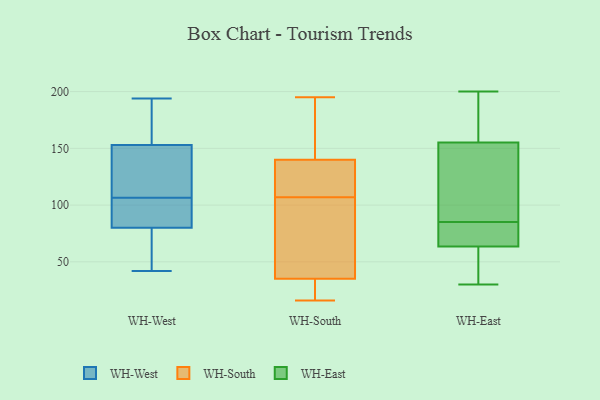
{"axis": {"x": "Temperature (°C)", "y": "Value"}, "legend": ["WH-East", "WH-South", "WH-West"], "data": [{"x": "", "y": 92, "type": "WH-West"}, {"x": "", "y": 91, "type": "WH-West"}, {"x": "", "y": 153, "type": "WH-West"}, {"x": "", "y": 80, "type": "WH-West"}, {"x": "", "y": 194, "type": "WH-West"}, {"x": "", "y": 42, "type": "WH-West"}, {"x": "", "y": 121, "type": "WH-West"}, {"x": "", "y": 148, "type": "WH-West"}, {"x": "", "y": 65, "type": "WH-West"}, {"x": "", "y": 173, "type": "WH-West"}, {"x": "", "y": 16, "type": "WH-South"}, {"x": "", "y": 114, "type": "WH-South"}, {"x": "", "y": 146, "type": "WH-South"}, {"x": "", "y": 29, "type": "WH-South"}, {"x": "", "y": 18, "type": "WH-South"}, {"x": "", "y": 122, "type": "WH-South"}, {"x": "", "y": 157, "type": "WH-South"}, {"x": "", "y": 53, "type": "WH-South"}, {"x": "", "y": 195, "type": "WH-South"}, {"x": "", "y": 82, "type": "WH-South"}, {"x": "", "y": 107, "type": "WH-South"}, {"x": "", "y": 172, "type": "WH-East"}, {"x": "", "y": 69, "type": "WH-East"}, {"x": "", "y": 85, "type": "WH-East"}, {"x": "", "y": 199, "type": "WH-East"}, {"x": "", "y": 76, "type": "WH-East"}, {"x": "", "y": 82, "type": "WH-East"}, {"x": "", "y": 155, "type": "WH-East"}, {"x": "", "y": 65, "type": "WH-East"}, {"x": "", "y": 200, "type": "WH-East"}, {"x": "", "y": 114, "type": "WH-East"}, {"x": "", "y": 139, "type": "WH-East"}, {"x": "", "y": 128, "type": "WH-East"}, {"x": "", "y": 156, "type": "WH-East"}, {"x": "", "y": 46, "type": "WH-East"}, {"x": "", "y": 30, "type": "WH-East"}, {"x": "", "y": 59, "type": "WH-East"}, {"x": "", "y": 55, "type": "WH-East"}]}